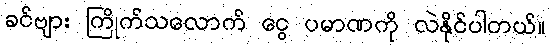
ခင်ဗျား ကြိုက်သလောက် ငွေ ပမာဏကို လဲနိုင်ပါတယ်။